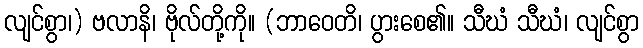
လျင်စွာ၊) ဗလာနိ၊ ဗိုလ်တို့ကို။ (ဘာဝေတိ၊ ပွားစေ၏။ သီဃံ သီဃံ၊ လျင်စွာ